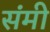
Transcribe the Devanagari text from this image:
संमी